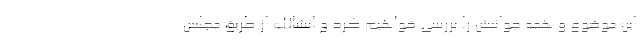
این موضوع و همه جوانبش را بررسی خواهیم کرد و انشاالله از طریق مجلس